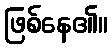
ဖြစ်နေ၏။